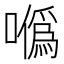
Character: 𠼮